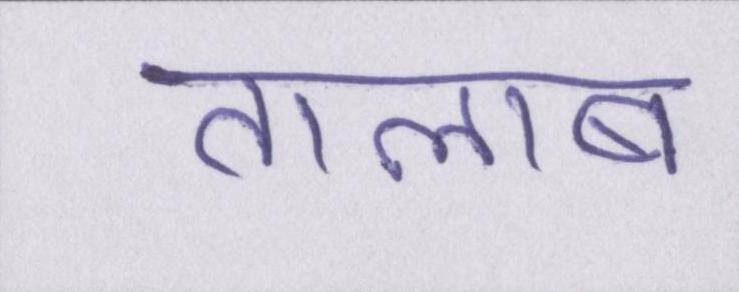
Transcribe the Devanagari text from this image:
तालाब